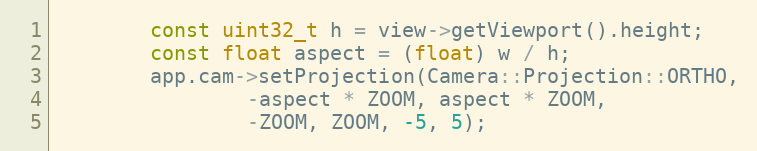
Language: C++
        const uint32_t h = view->getViewport().height;
        const float aspect = (float) w / h;
        app.cam->setProjection(Camera::Projection::ORTHO,
                -aspect * ZOOM, aspect * ZOOM,
                -ZOOM, ZOOM, -5, 5);